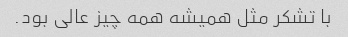
با تشکر مثل همیشه همه چیز عالی بود.